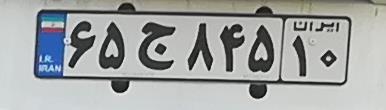
۶۵ج۸۴۵۱۰